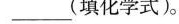
___(填化学式)。